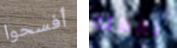
أفسحوا نعمله